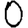
Digit: 0